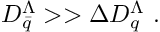
D _ { \bar { q } } ^ { \Lambda } > > \Delta D _ { q } ^ { \Lambda } ~ .